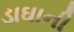
ડાઘાની